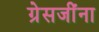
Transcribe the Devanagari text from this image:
ग्रेसजींना